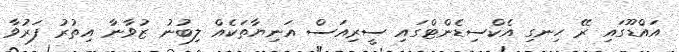
އައްޑޫގައި ރޭ ހިނގި އެކްސިޑެންޓްގައި ސީރިއަސް އަނިޔާތަކެއް ލިބުނު ޒުވާނާ އިތުރު ފަރުވާ